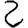
Digit: 2